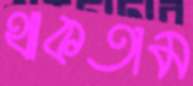
থাকতাম